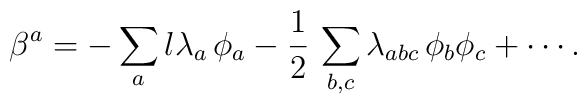
\beta^a=-\sum_a l\lambda_a\,\phi_a   -\frac{1}{2}\,\sum_{b,c}\lambda_{abc}\,\phi_b \phi_c+\cdots.